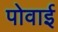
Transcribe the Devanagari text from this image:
पोवाई